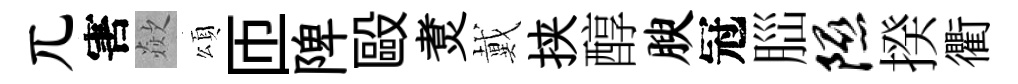
兀害歘頌匝陴毆煑戴挟醇腴冠𦛁隰揆衢